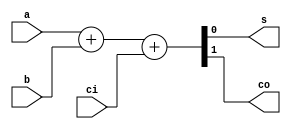
module fa1
(
	output	s,
	output	co,
	input		ci,
	input		a,
	input		b
);

assign {co, s} = a + b + ci;

endmodule